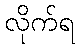
လိုက်ရ